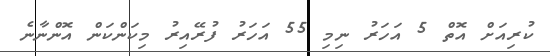
ކުރިއަށް އޮތް 5 އަހަރު ނިމި 55 އަހަރު ފުރޭއިރު މިކަންކަން އޮންނާނެ